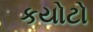
કયોટો